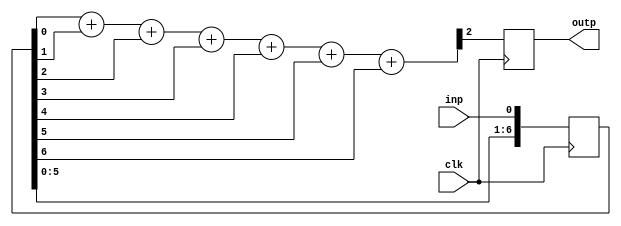
`timescale 1ns / 1ps

// Cairnsmore1 Controller FPGA

module filter(
	input  clk,
	input  inp,
	output outp
);

// Shift data in
reg [6:0] shiftref;
always @(posedge clk)
	shiftref <= {shiftref[5:0], inp};

// Vote count
wire [2:0] votes;
assign votes = shiftref[0] + shiftref[1] + 
               shiftref[2] + shiftref[3] + 
               shiftref[4] + shiftref[5] + 
					shiftref[6];

// Calculate winner	
reg win;
always @(posedge clk)
	win <= votes[2];
	
assign outp = win;

endmodule